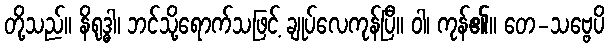
တို့သည်။ နိရုဒ္ဓါ၊ ဘင်သို့ရောက်သဖြင့် ချုပ်လေကုန်ပြီ။ ဝါ၊ ကုန်၏။ တေ-သဗ္ဗေပိ